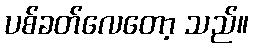
ပစ်ခတ်လေတော့ သည်။